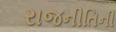
રાજનીતિની